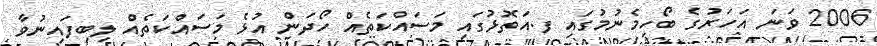
2006 ވަނަ އަހަރުގެ ބޯހިމެނުމުގައި ފ.އަތޮޅުގައި މަސައްކަތެއް ހޯދަން އުޅެ މަސައްކަތެއް ލިބިފައިނުވާ